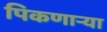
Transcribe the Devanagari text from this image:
पिकणाऱ्या